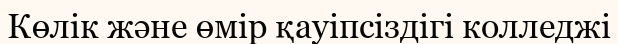
Көлік және өмір қауіпсіздігі колледжі